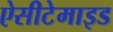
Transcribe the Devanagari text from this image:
ऐसीटेमाइड